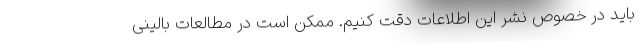
باید در خصوص نشر این اطلاعات دقت کنیم. ممکن است در مطالعات بالینی